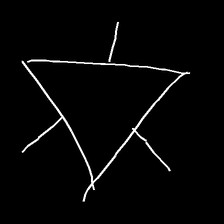
Glyph: fire